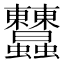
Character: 𧖤